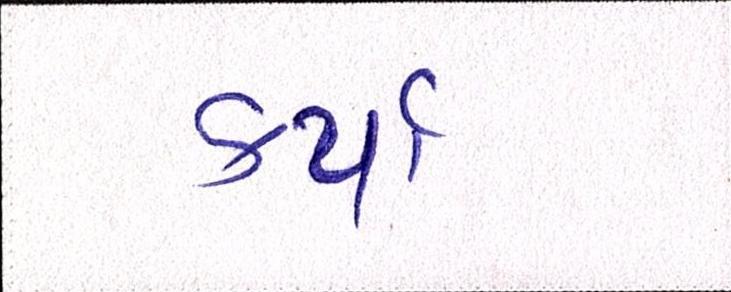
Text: કર્યાં